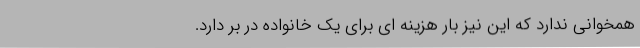
همخوانی ندارد که این نیز بار هزینه ای برای یک خانواده در بر دارد.